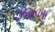
ઝરૂખા